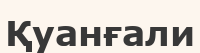
Қуанғали